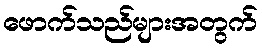
ဖောက်သည်များအတွက်